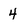
Character: 4